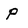
Character: p